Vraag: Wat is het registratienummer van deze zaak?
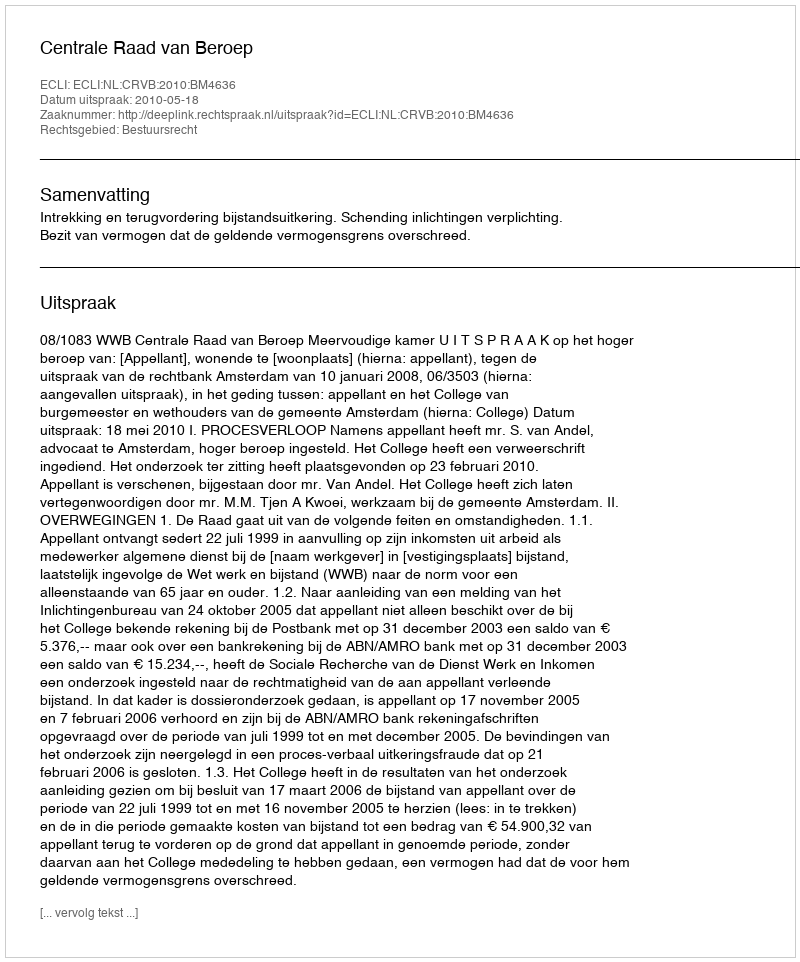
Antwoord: http://deeplink.rechtspraak.nl/uitspraak?id=ECLI:NL:CRVB:2010:BM4636